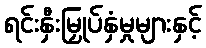
ရင်းနှီးမြှုပ်နှံမှုများနှင့်